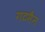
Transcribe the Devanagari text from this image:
गटमैन